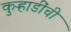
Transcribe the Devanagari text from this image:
कुऱ्हाडींची